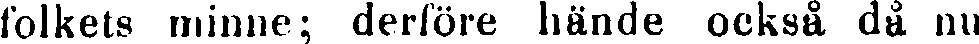
folkets minne; derföre hände också då nu